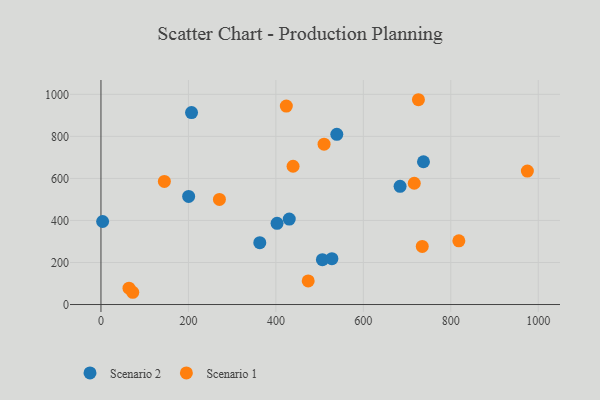
{"axis": {"x": "Study Hours", "y": "Sales"}, "legend": ["Scenario 1", "Scenario 2"], "data": [{"x": "506.4", "y": 213.6, "type": "Scenario 2"}, {"x": "207.1", "y": 913.3, "type": "Scenario 2"}, {"x": "737.5", "y": 679.3, "type": "Scenario 2"}, {"x": "528.1", "y": 218.3, "type": "Scenario 2"}, {"x": "3.8", "y": 395.0, "type": "Scenario 2"}, {"x": "200.5", "y": 514.3, "type": "Scenario 2"}, {"x": "430.6", "y": 406.8, "type": "Scenario 2"}, {"x": "363.2", "y": 294.2, "type": "Scenario 2"}, {"x": "402.7", "y": 386.3, "type": "Scenario 2"}, {"x": "684.0", "y": 562.3, "type": "Scenario 2"}, {"x": "539.3", "y": 809.8, "type": "Scenario 2"}, {"x": "716.4", "y": 577.1, "type": "Scenario 1"}, {"x": "423.9", "y": 944.2, "type": "Scenario 1"}, {"x": "818.4", "y": 303.3, "type": "Scenario 1"}, {"x": "270.9", "y": 499.9, "type": "Scenario 1"}, {"x": "975.1", "y": 634.7, "type": "Scenario 1"}, {"x": "145.0", "y": 585.7, "type": "Scenario 1"}, {"x": "510.2", "y": 763.1, "type": "Scenario 1"}, {"x": "439.3", "y": 658.0, "type": "Scenario 1"}, {"x": "72.7", "y": 58.3, "type": "Scenario 1"}, {"x": "64.1", "y": 77.7, "type": "Scenario 1"}, {"x": "734.7", "y": 276.4, "type": "Scenario 1"}, {"x": "726.0", "y": 974.4, "type": "Scenario 1"}, {"x": "473.9", "y": 112.4, "type": "Scenario 1"}]}